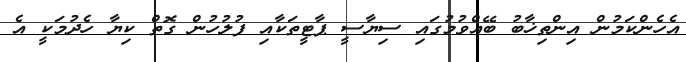
އެހެންކަމުން އިންތިޚާބު ބޭއްވުމުގައި ސިޔާސީ ޕާޓީތަކާއި ފުލުހުން ގޮތް ކިޔާ ހެދުމަކީ އެ